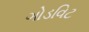
ગોડવિટ